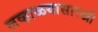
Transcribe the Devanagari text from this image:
लव्हाळयासारखी